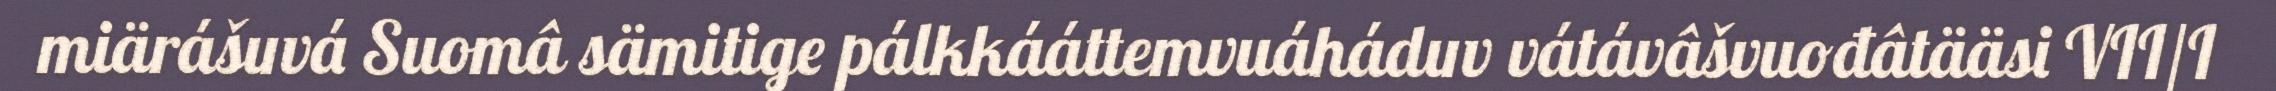
miärášuvá Suomâ sämitige pálkkááttemvuáháduv vátávâšvuođâtääsi VII/I